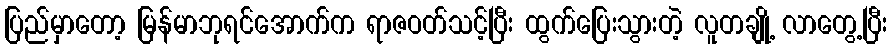
ပြည်မှာတော့ မြန်မာဘုရင်အောက်က ရာဇဝတ်သင့်ပြီး ထွက်ပြေးသွားတဲ့ လူတချို့ လာတွေ့ပြီး